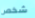
شخص